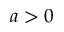
a > 0